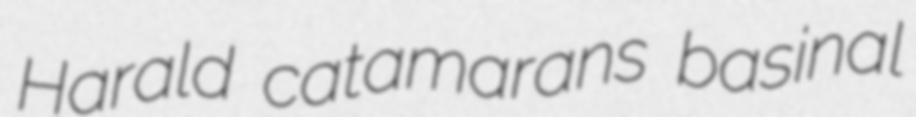
Harald catamarans basinal